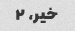
خیر، ۲